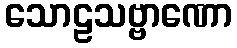
သောဠသဗ္ဗာဏော